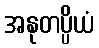
အနုတပ္ပိယံ